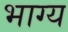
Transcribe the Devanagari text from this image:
भाग्‍य